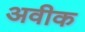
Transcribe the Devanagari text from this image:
अवीक